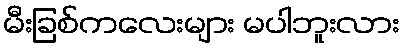
မီးခြစ်ကလေးများ မပါဘူးလား